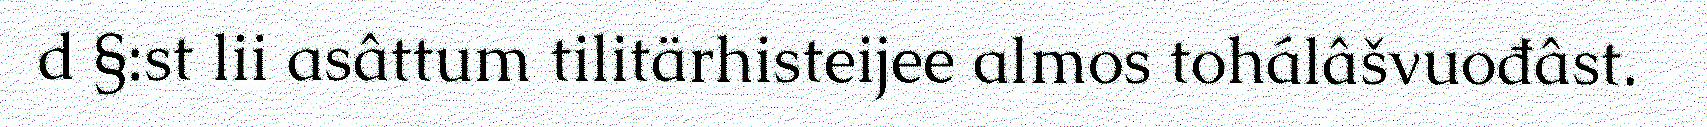
d §:st lii asâttum tilitärhisteijee almos tohálâšvuođâst.